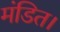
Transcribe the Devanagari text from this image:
मंडित।